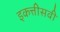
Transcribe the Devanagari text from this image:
इकत्तीसवी